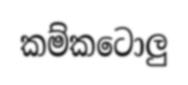
කම්කටොලු